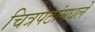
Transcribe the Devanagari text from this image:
चित्रपटांमधले